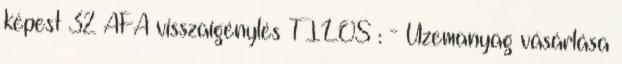
képest 32 ÁFA visszaigénylés TILOS : - Üzemanyag vásárlása